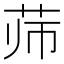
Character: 𰰳